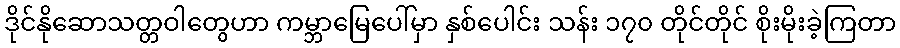
ဒိုင်နိုဆောသတ္တဝါတွေဟာ ကမ္ဘာမြေပေါ်မှာ နှစ်ပေါင်း သန်း ၁၇၀ တိုင်တိုင် စိုးမိုးခဲ့ကြတာ